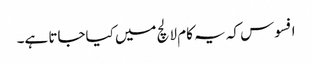
افسوس کہ یہ کام لالچ میں کیاجاتا ہے۔